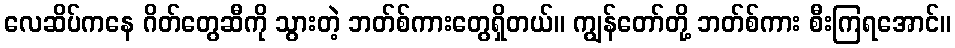
လေဆိပ်ကနေ ဂိတ်တွေဆီကို သွားတဲ့ ဘတ်စ်ကားတွေရှိတယ်။ ကျွန်တော်တို့ ဘတ်စ်ကား စီးကြရအောင်။